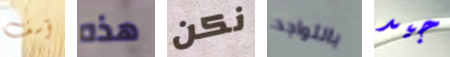
آسف هذه نكن بالتواجد جيد